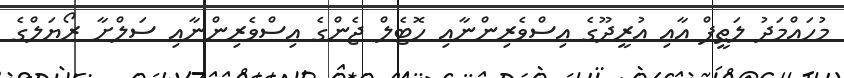
މުހައްމަދު ލަޠީފް އާއި އުރީދޫގެ އިސްވެރިންނާއި ހޮޓެލް ޖެންގެ އިސްވެރިންނާއި ސަލްށާ ރޯޔަލްގެ